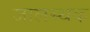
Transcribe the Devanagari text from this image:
जालस्थक